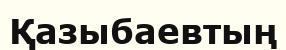
Қазыбаевтың